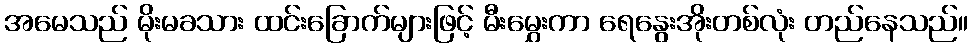
အမေသည် မိုးမခသား ထင်းခြောက်များဖြင့် မီးမွှေးကာ ရေနွေးအိုးတစ်လုံး တည်နေသည်။